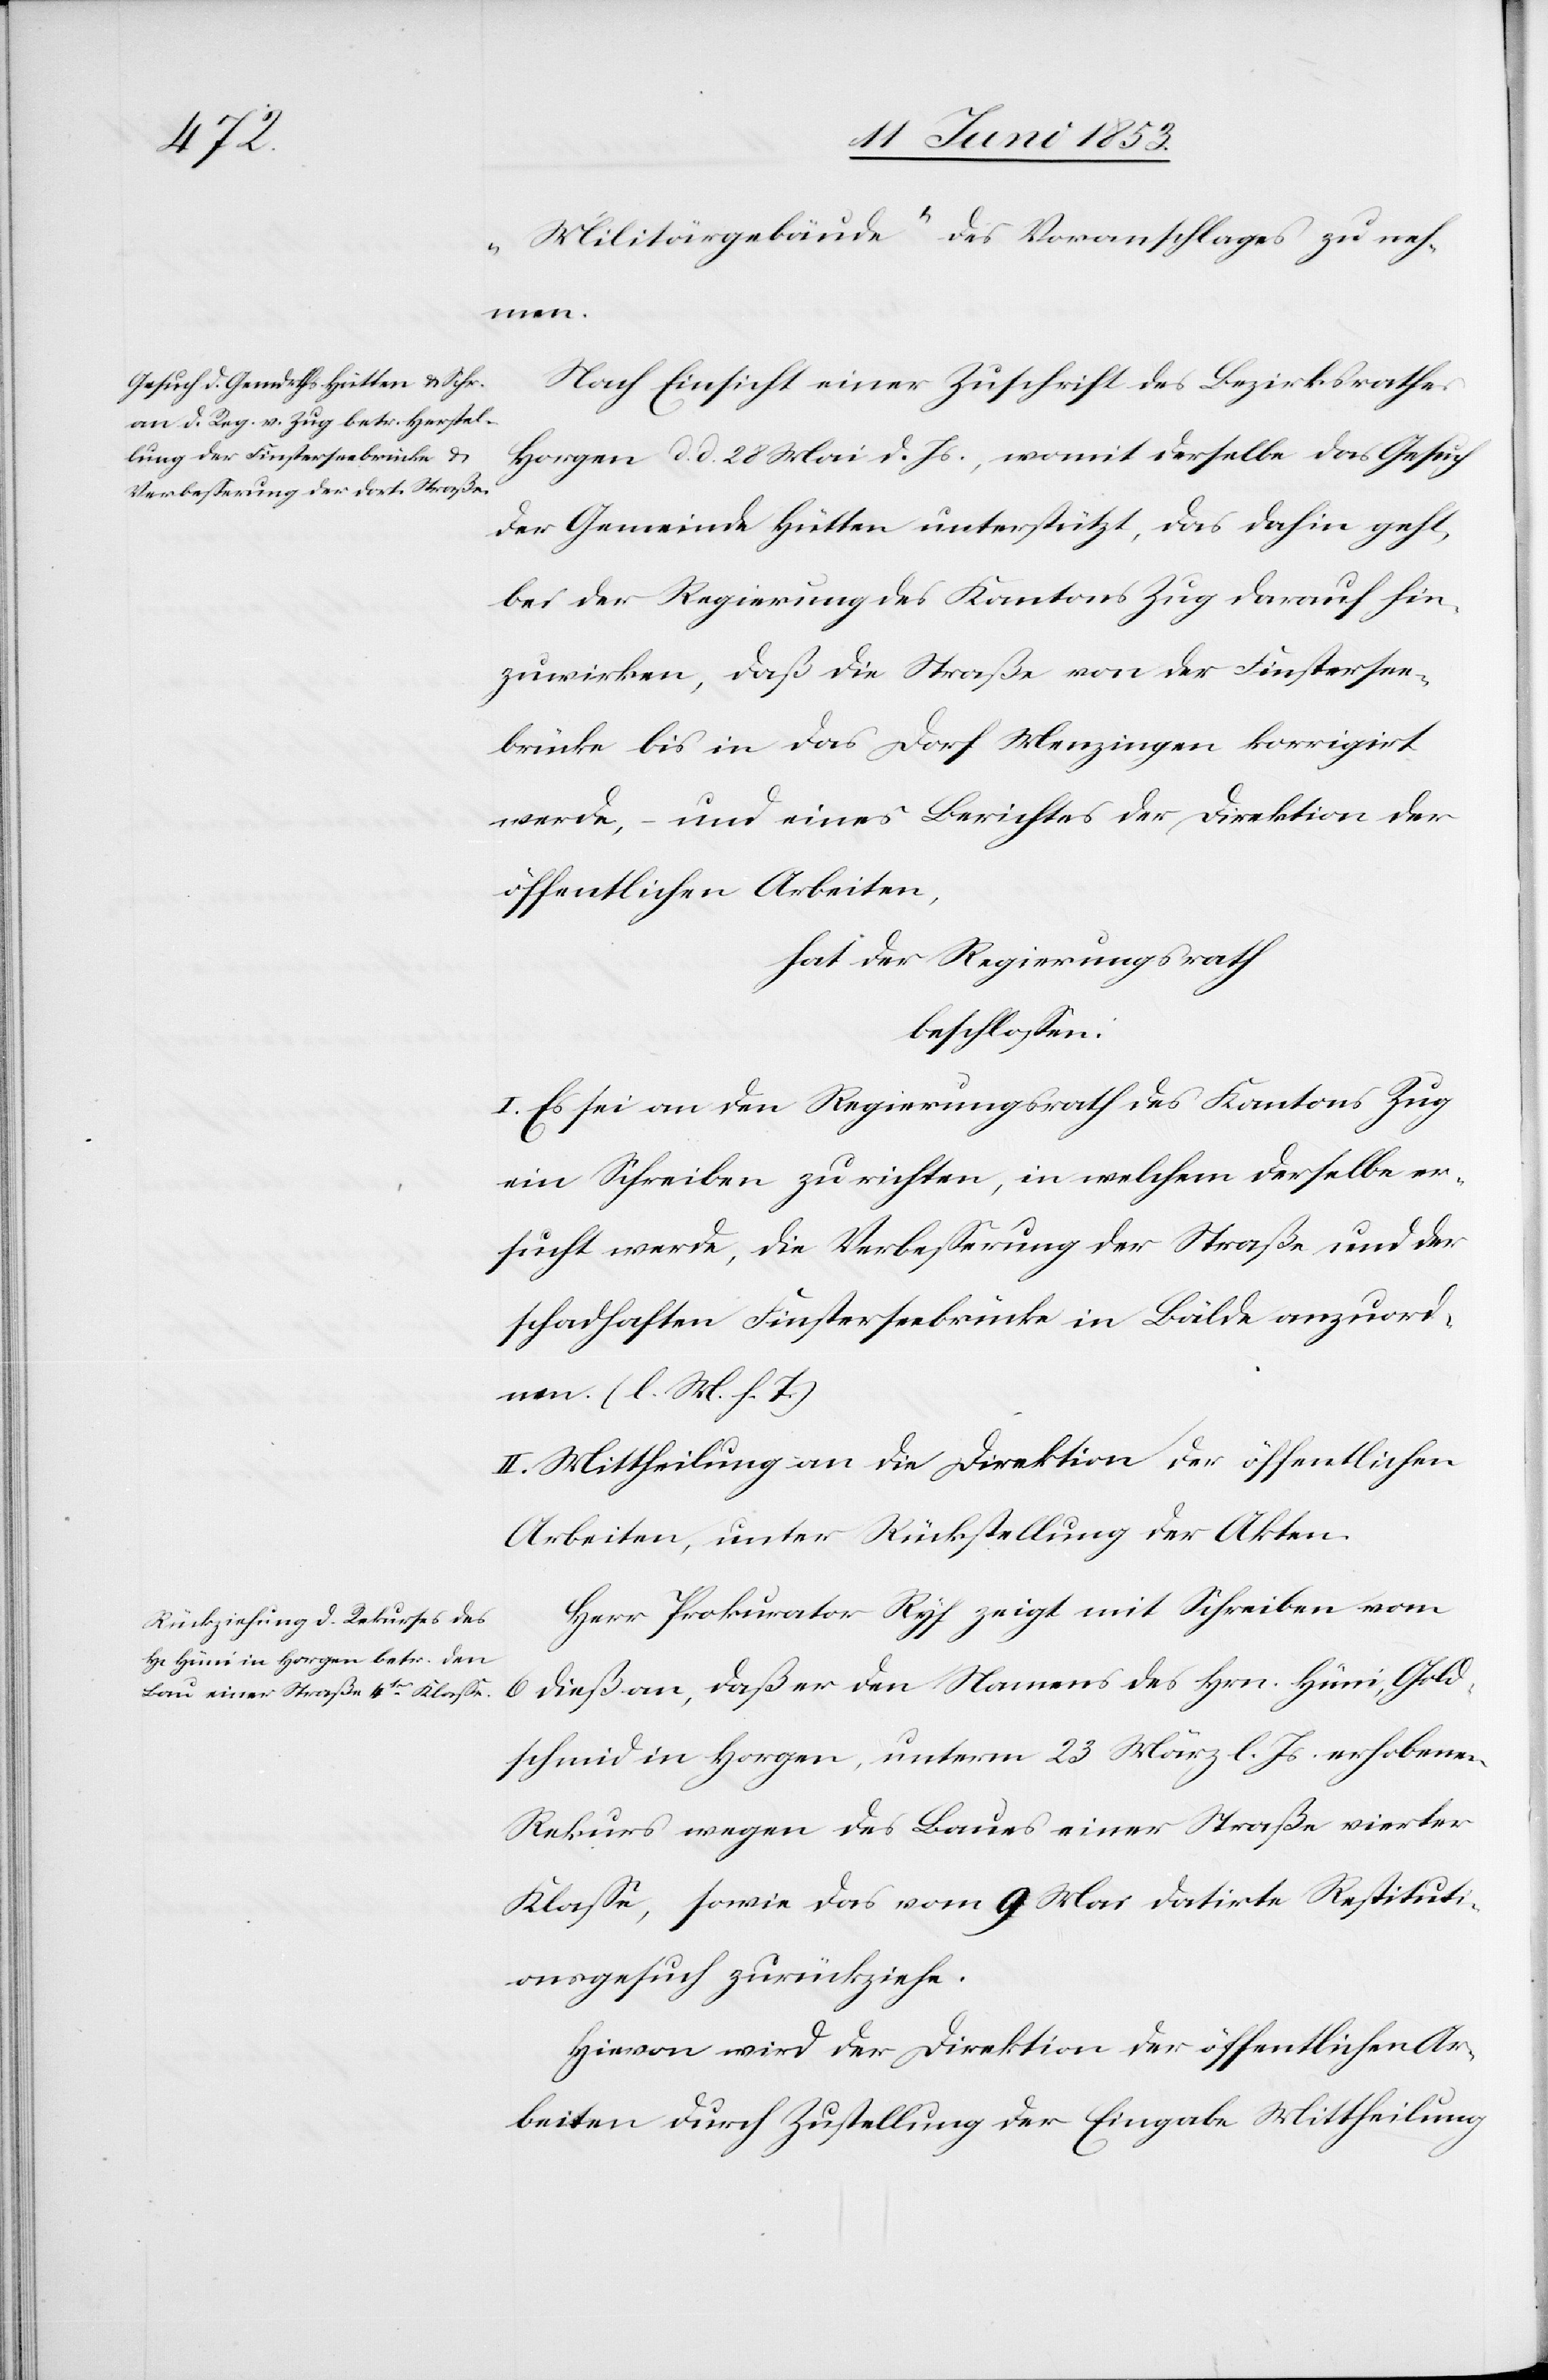
„Militärgebäude“ des Voranschlages zu neh¬
men.
Nach Einsicht einer Zuschrift des Bezirksrathes
Horgen d. d. 28 Mai d. Js., womit derselbe das Gesuch
der Gemeinde Hütten unterstützt, das dahin geht,
bei der Regierung des Kantons Zug darauf hin¬
zuwirken, daß die Straße von der Finstersee¬
brücke bis in das Dorf Menzingen korrigirt
werde, – und eines Berichtes der Direktion der
öffentlichen Arbeiten,
hat der Regierungsrath
beschloßen:
I. Es sei dem Regierungsrath des Kantons Zug
ein Schreiben zu richten, in welchem derselbe er¬
sucht werde, die Verbeßerung der Straße und der
schadhaften Finsterseebrücke in Bälde anzuord¬
nen. [l. M. h. T]
II. Mittheilung an die Direktion der öffentlichen
Arbeiten, unter Rückstellung der Akten.
Herr Prokurator Ryf zeigt mit Schreiben vom
6 dieß an, daß er den Namens des Hrn. Hüni, Gold¬
schmid in Horgen, unterm 23 März l. Js. erhobenen
Rekurs wegen des Baues einer Straße vierter
Klaße, sowie das vom 9 Mai datirte Restituti¬
onsgesuch zurückziehe.
Hievon wird der Direktion der öffentlichen Ar¬
beiten durch Zustellung der Eingabe Mittheilung